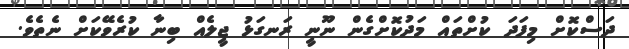
ދަސްކޮށް މިފަދަ ކުށްތައް މަދުކޮށްގެން ނޫނީ ރަނގަޅު ޖީލެއް ބިނާ ކުރެވޭކަށް ނެތެވެ.